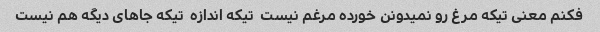
فکنم معنی تیکه مرغ رو نمیدونن خورده مرغم نیست  تیکه اندازه  تیکه جاهای دیگه هم نیست